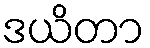
ဒယိတာ